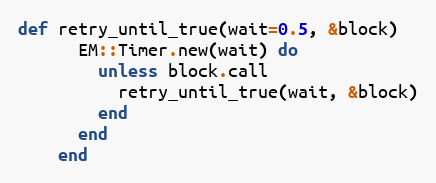
Language: Ruby
def retry_until_true(wait=0.5, &block)
      EM::Timer.new(wait) do
        unless block.call
          retry_until_true(wait, &block)
        end
      end
    end